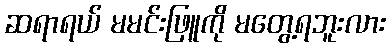
ဆရာရယ် မမင်းဖြူကို မတွေ့ရဘူးလား